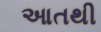
આતથી